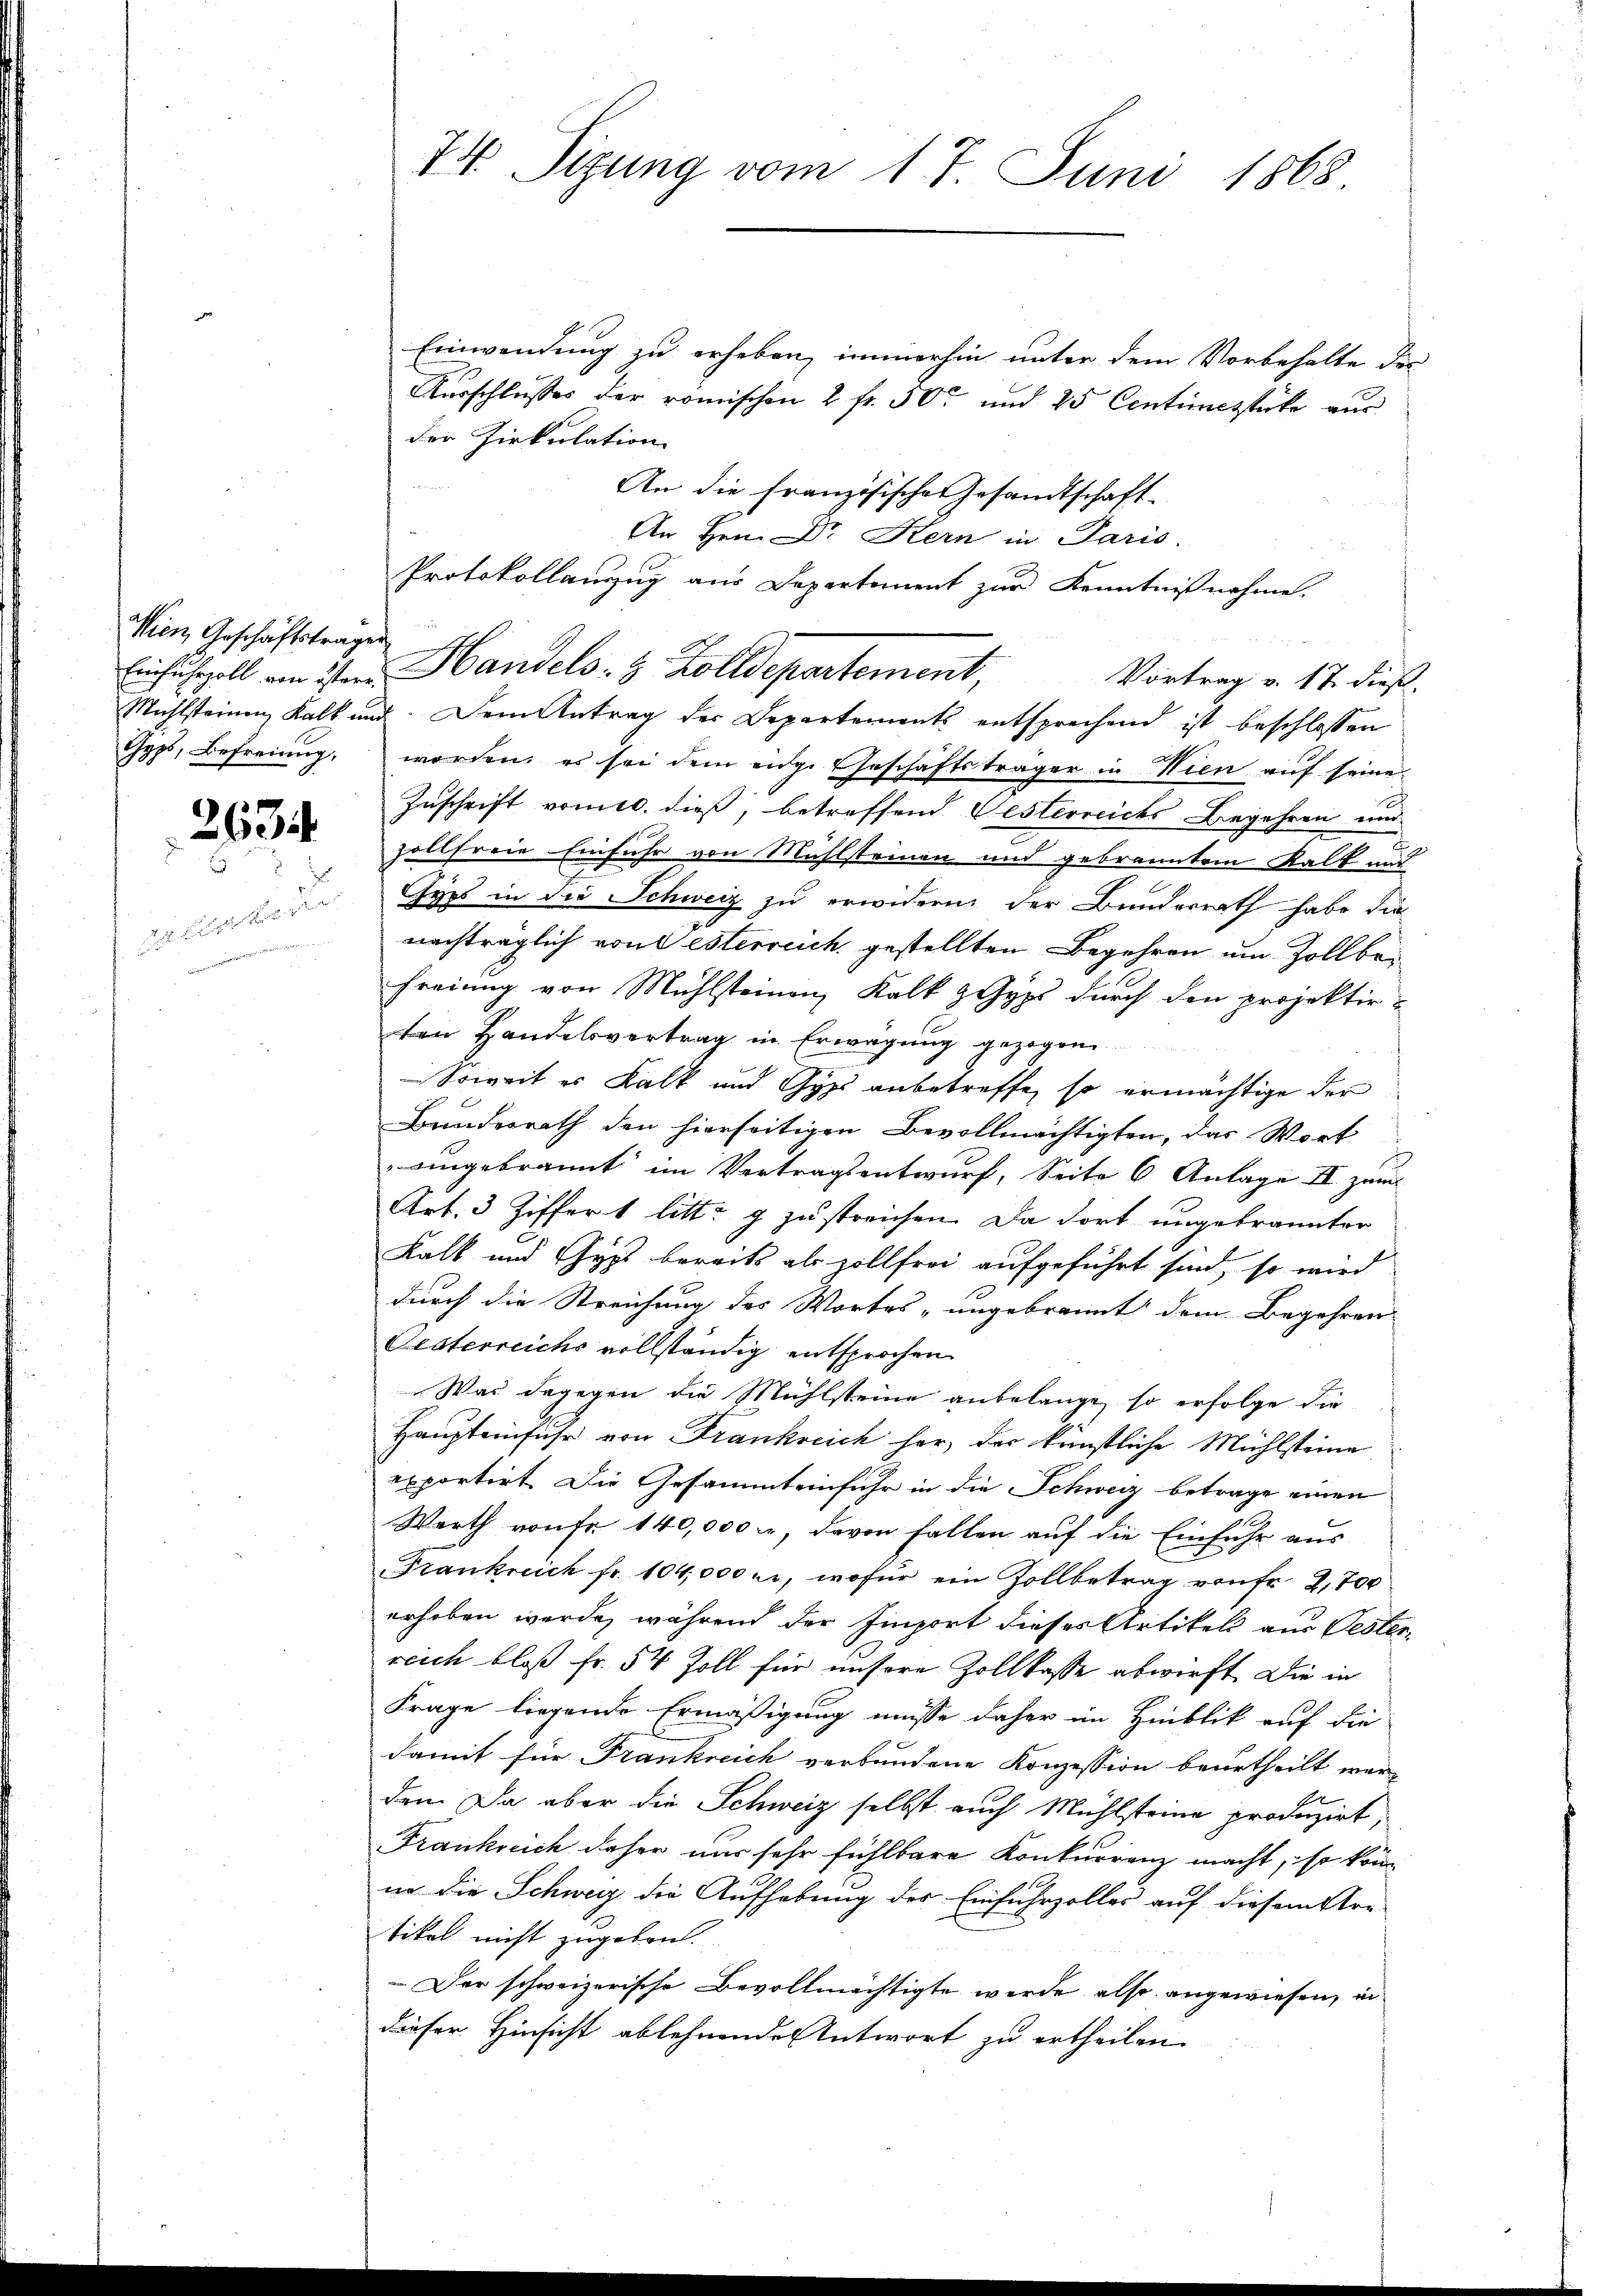
Wien, Geschäftstragen
Gyps, Befreiung

263

ae aber d
   den seiner

74 Sizung vom 17. Juni 1868

Einwendung zu erheben, immerhin unter dem Vorbehalte des
Ausschlusses der römischen 2 fr. 30 und 25 Centimestücke aus
der Zirkulation
An die französische Gesandtschaft-
An Hrn. Dr Kern in Paris.
Protokollanzug aus Departement zur Kenntnißnahme.
Eihuszell vom 2ten Handels : 3. Zolldepartement,
Vortrag v. 17. dieß.
Mühlsteinen Kalk und. Dem Antrag der Departements entsprechend ist beschlossen
worden, es sei dem eige Eheschäftsträger in Wien auf seine
Zuschrift vom 10. dieß, betreffend Vesterreichs Begehren und
zollfreie Einfuhr von Mühlsteinen und gebranntem Kalk und
Gyps in die Schweiz zu erwidern, der Bunderrath habe die
nachträglich von Österreich, gestellten Begehren um Zollbefreiung von Mühlsteinen Kalk z Gyps durch den projektiren Handelsvertrag in Erwägung gezogen
Soweit es Kalk und Gyps anbetreffe, so ermächtige der
Bundesrath den hierseitigen Bevollmächtigten, das Wort
angebrannt im Vertragsentwurf, Seite 6 Anlage II. zum
Art. 3 Ziffer 1 litt: g zu streichen. Da dort ungebrannter
Kalk und Gyps bereits als zollfrei aufgeführt sind, so wird
durch die Streichung des Wortes „ungebrannt dem Begehren
Oesterreichs vollständig entsprochen
Was dagegen die Mühlsteine anbelange, so erfolge die
Haupteinfuhr von Frankreich her, der künstliche Mühlsteine
exportirt. Die Gesammteinfuhr in die Schweiz betrage einen
Werth von Fr. 140,000 Fr, davon fallen auf die Einfuhr aus
Frankreich fr. 104,000 fr., wofür ein Zollbetrag von Fr. 2,700
erhoben werde, während der Emport dieses Artikel aus Vesterreich bloß Fr. 54 Zoll für unsere Zollkasse abwirft. Die in
Frage liegende Ermäßigung müsse daher im Hinblik auf die
damit für Frankreich verbundene Konzession beurtheilt werden. Da aber die Schweiz selbst auch Mühlsteine produzirt,
Frankreich daher nur sehr fühlbare Konkurrenz macht, so könur die Schweiz die Aufhebung der Einfuhrzolles auf diesem Arr
tikel nicht zugeben.
Der schweizerische Bevollmächtigte wurde also angewiesen, in
dieser Hinsicht ablehnende Antwort zu ertheilen.